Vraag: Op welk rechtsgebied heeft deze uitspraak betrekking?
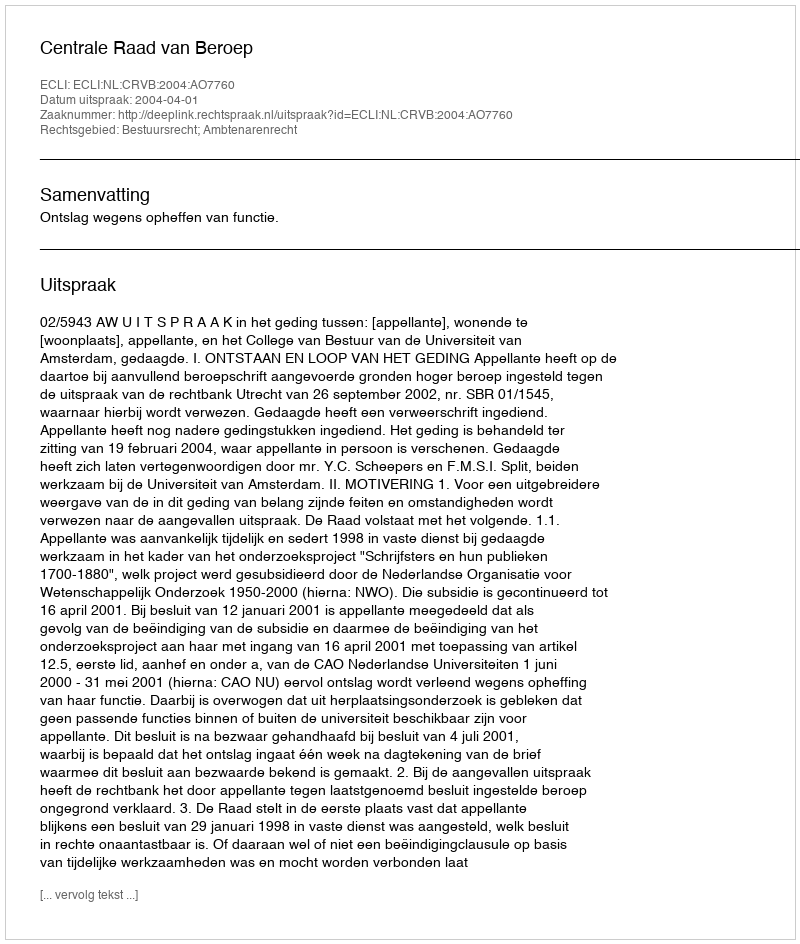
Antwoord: Bestuursrecht; Ambtenarenrecht